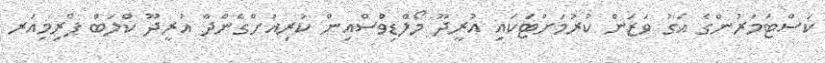
ކަސްޓަމަރުންގެ އަގު ވަޒަން ކުރުމަށްޓަކައި އުރީދޫ މޯލްޑިވްސްއިން ކުރިއަށްގެންދާ އުރީދޫ ކްލަބް ޕްރިމިއަރ